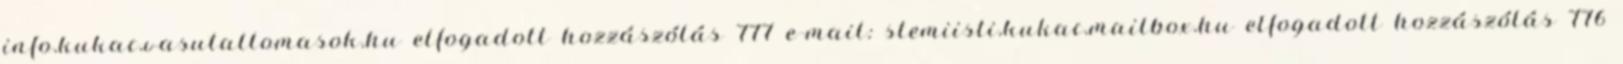
info.kukac.vasutallomasok.hu elfogadott hozzászólás 777 e-mail: stemiisti.kukac.mailbox.hu elfogadott hozzászólás 776